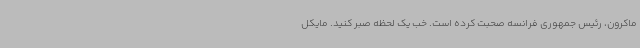
ماکرون، رئیس جمهوری فرانسه صحبت کرده است. خب یک لحظه صبر کنید. مایکل